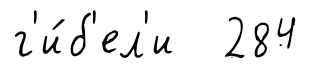
г'и́б'ел'и 284